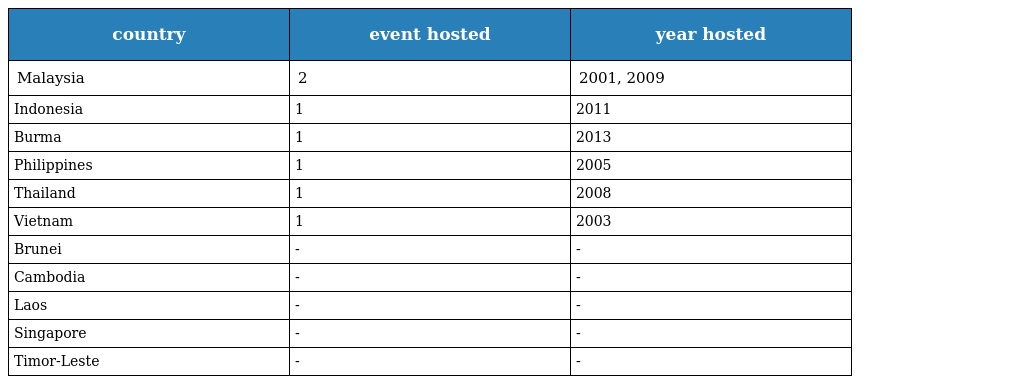
| country | event hosted | year hosted |
 | --- | --- | --- |
 | Malaysia | 2 | 2001, 2009 |
 | Indonesia | 1 | 2011 |
 | Burma | 1 | 2013 |
 | Philippines | 1 | 2005 |
 | Thailand | 1 | 2008 |
 | Vietnam | 1 | 2003 |
 | Brunei | - | - |
 | Cambodia | - | - |
 | Laos | - | - |
 | Singapore | - | - |
 | Timor-Leste | - | - |